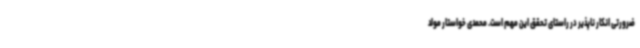
ضرورتی انکار ناپذیر در راستای تحقق این مهم است. محمدی خواستار مولد